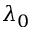
\lambda _ { 0 }